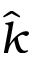
\hat { k }